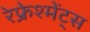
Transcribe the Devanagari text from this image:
रेफ्रेश्मेंट्स